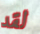
لقد